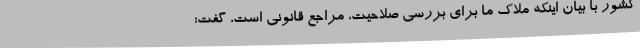
کشور با بیان اینکه ملاک ما برای بررسی صلاحیت، مراجع قانونی است، گفت: